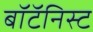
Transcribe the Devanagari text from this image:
बॉटॅनिस्ट